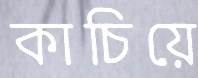
কাচিয়ে